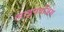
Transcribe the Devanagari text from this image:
लाइपपजिग